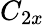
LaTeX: C_{2x}